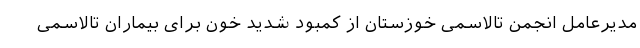
مدیرعامل انجمن تالاسمی خوزستان از کمبود شدید خون برای بیماران تالاسمی